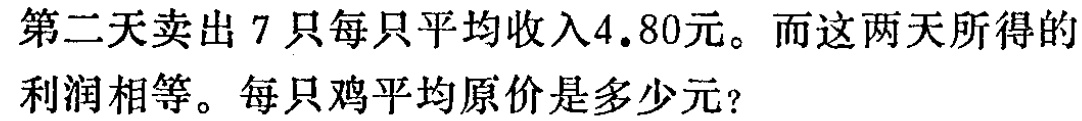
第二天卖出 7 只每只平均收入4.80元。而这两天所得的

利润相等。每只鸡平均原价是多少元?